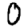
Digit: 0